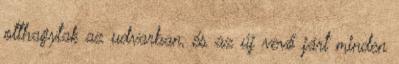
otthagytak az udvarban, és az új vevő járt minden